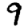
Digit: 9